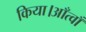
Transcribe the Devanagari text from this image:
किया।आँत्वाँ